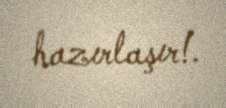
hazırlaşır!.